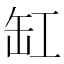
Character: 缸